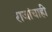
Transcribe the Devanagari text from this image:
राजांचाही